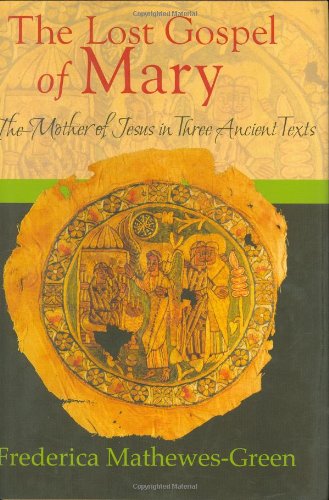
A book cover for The Lost Gospel of Mary: The Mother of Jesus in Three Ancient Texts; Frederica Mathewes-Green; Christian Books & Bibles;